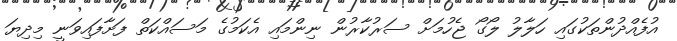
އުފެއްދުންތަކުގައި ހަލާލު ލޯގޯ ޖެހުމަށް ސަރުކާރުން ނިންމައި އެކަމުގެ މަސައްކަތް ފަށާފައިވަނީ މިދިޔަ